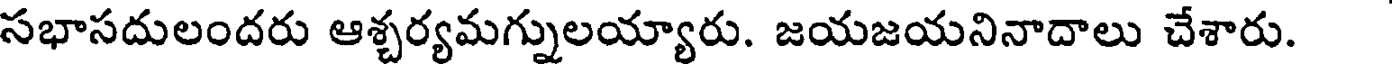
సభాసదులందరు ఆశ్చర్యమగ్నులయ్యారు. జయజయనినాదాలు చేశారు.